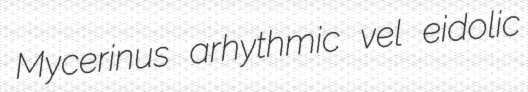
Mycerinus arhythmic vel eidolic